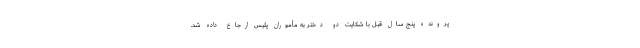
پرونده پنج سال قبل با شکایت دو دختر به مأموران پلیس ارجاع داده شد.